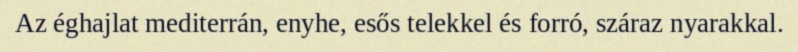
Az éghajlat mediterrán, enyhe, esős telekkel és forró, száraz nyarakkal.